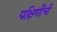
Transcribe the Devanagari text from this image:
यक्षिणींची